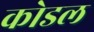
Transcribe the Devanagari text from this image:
कोडल